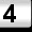
Digit: 4